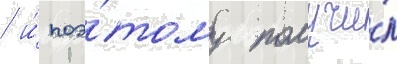
/ и́ поэ́тому получи́л